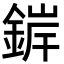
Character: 錌